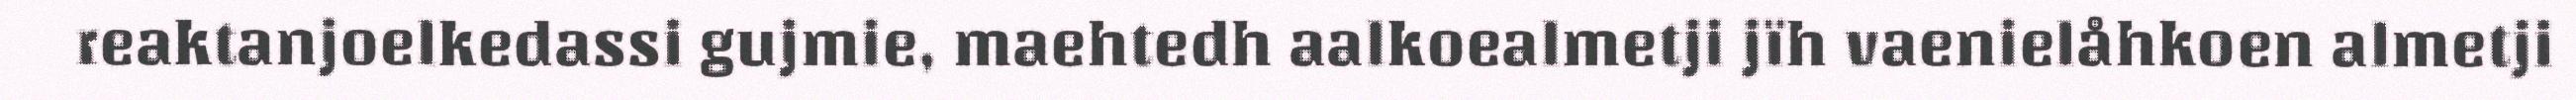
reaktanjoelkedassi gujmie, maehtedh aalkoealmetji jïh vaenielåhkoen almetji